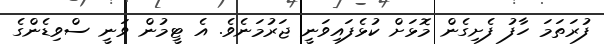
ފުރަތަމަ ހާފު ފެށިގެން މޮޅަށް ކުޅެފައިވަނީ ޖަރުމަނެވެ. އެ ޓީމުން ވަނީ ސްވިޑެންގެ